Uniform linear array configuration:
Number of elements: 16
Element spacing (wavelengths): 0.5
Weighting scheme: uniform
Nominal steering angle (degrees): -30
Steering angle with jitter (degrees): -28.288
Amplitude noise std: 0.05
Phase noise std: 0.05

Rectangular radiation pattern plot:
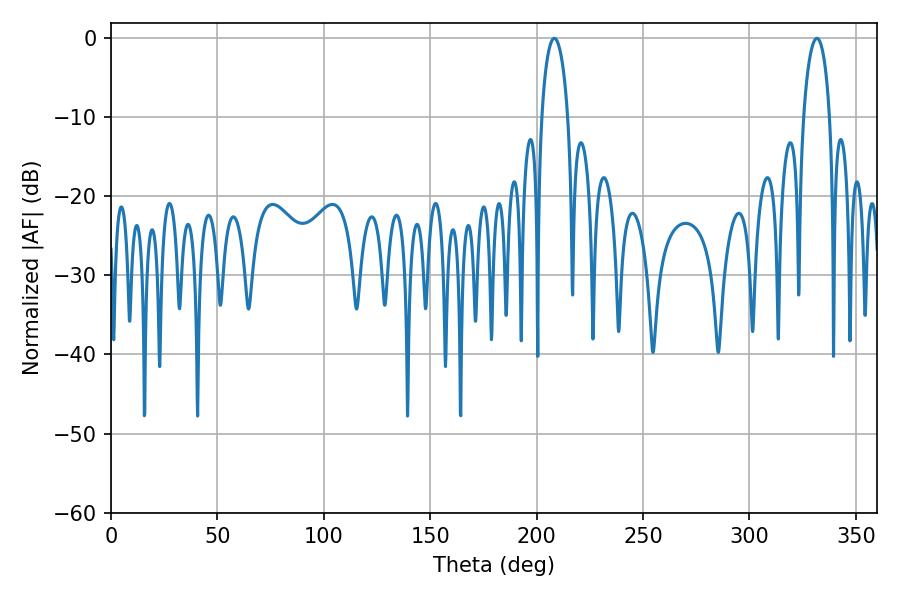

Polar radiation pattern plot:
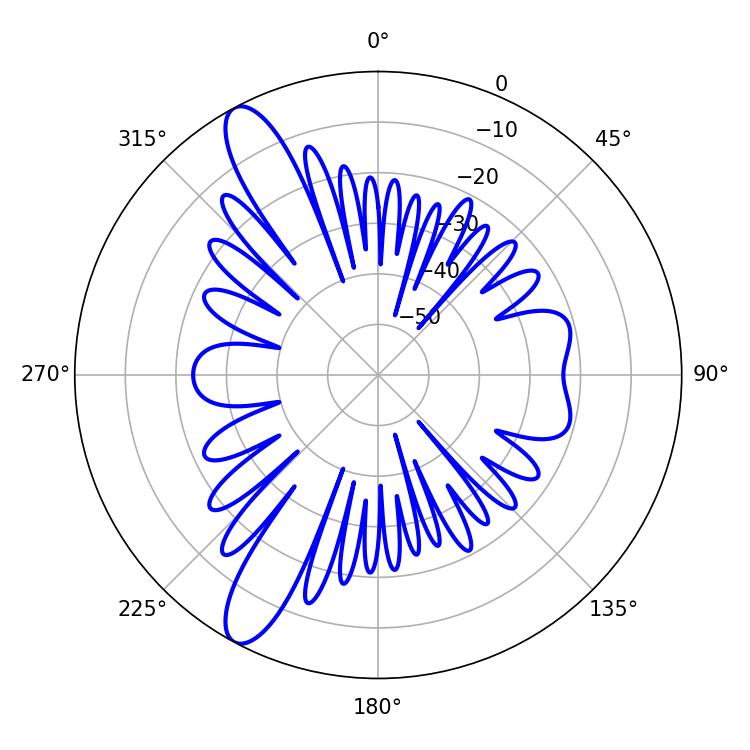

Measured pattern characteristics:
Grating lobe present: FALSE
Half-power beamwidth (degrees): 7.02
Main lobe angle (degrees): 208.26